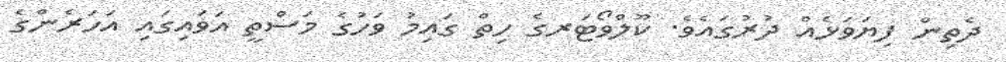
ދެތިން ފިޔަވަޅެއް ދުރުގައެވެ. ކޫލްވޯޓަރގެ ހިތް ގައިމު ވަހުގެ މަސްތީ އަވައިގައި އަހަރެންގެ